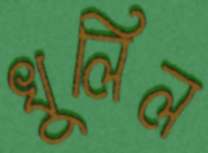
খুলিল